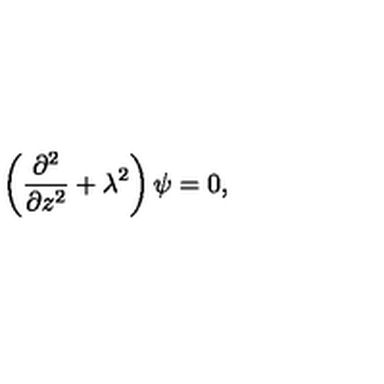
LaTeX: \left( { \frac { \partial ^ { 2 } } { \partial z ^ { 2 } } } + \lambda ^ { 2 } \right) \psi = 0 ,